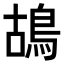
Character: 鴣